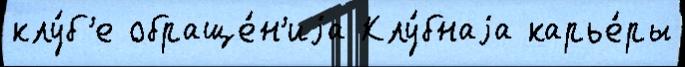
клу́б'е обраще́н'иjа Клу́бнаjа карье́ры